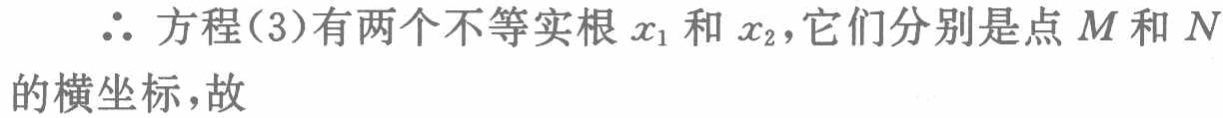
$\therefore$ 方程(3)有两个不等实根$x_{1}$和$x_{2}$，它们分别是点$M$和$N$的横坐标，故